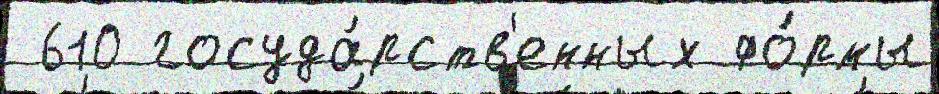
 610 госуда́рств'енных фо́рмы